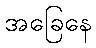
အခြေနေ